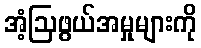
အံ့ဩဖွယ်အမှုများကို